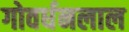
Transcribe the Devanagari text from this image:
गोवर्धनलाल